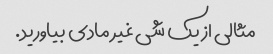
مثالی از یک شی غیر مادی بیاورید.